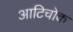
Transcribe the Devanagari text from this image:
आटिचोक